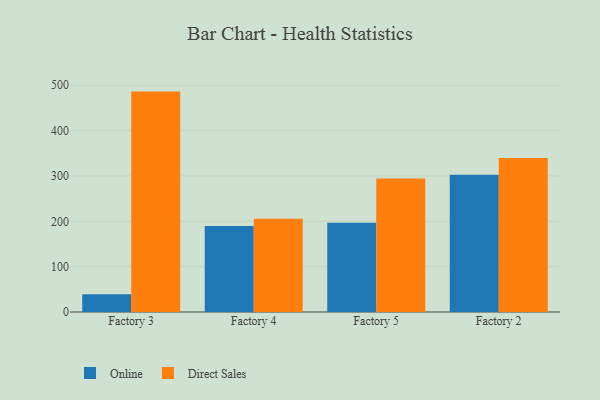
{"axis": {"x": "Factory", "y": "Temperature (°C)"}, "legend": ["Direct Sales", "Online"], "data": [{"x": "Factory 3", "y": 39.1, "type": "Online"}, {"x": "Factory 3", "y": 486.0, "type": "Direct Sales"}, {"x": "Factory 4", "y": 189.9, "type": "Online"}, {"x": "Factory 4", "y": 205.7, "type": "Direct Sales"}, {"x": "Factory 5", "y": 196.9, "type": "Online"}, {"x": "Factory 5", "y": 294.5, "type": "Direct Sales"}, {"x": "Factory 2", "y": 302.6, "type": "Online"}, {"x": "Factory 2", "y": 339.7, "type": "Direct Sales"}]}